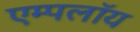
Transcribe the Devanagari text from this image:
एम्पलॉय